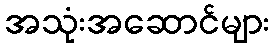
အသုံးအဆောင်များ